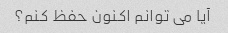
آیا می توانم اکنون حفظ کنم؟